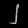
Digit: ၂